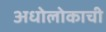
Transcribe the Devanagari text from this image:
अधोलोकाची